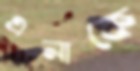
এনাকে